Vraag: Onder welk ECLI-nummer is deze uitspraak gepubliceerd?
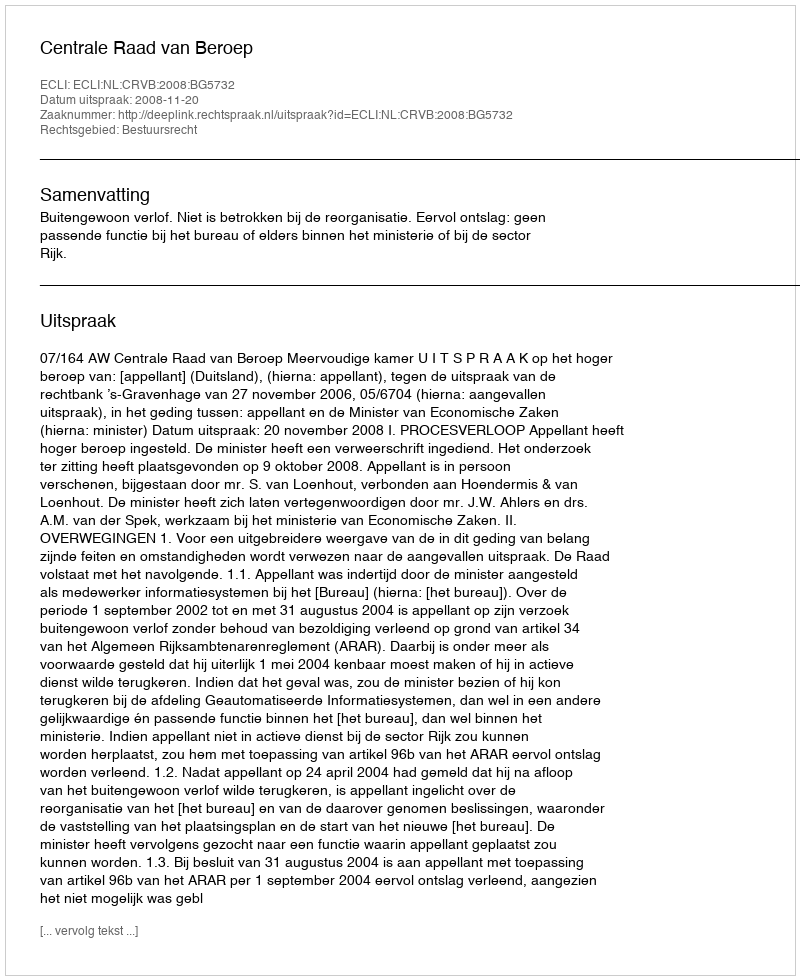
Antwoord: ECLI:NL:CRVB:2008:BG5732